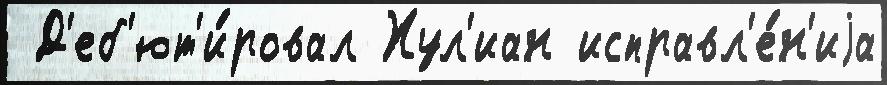
 Д'еб'ют'и́ровал Хул'иан исправл'е́н'иjа